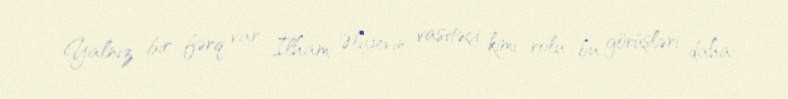
Yalnız bir fərq var: İlham Əlıyevin vasitəçi kimi rolu bu görüşləri daha